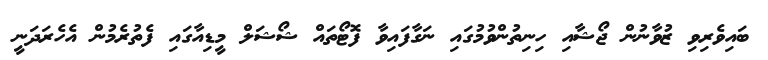
ބައިވެރިވި ޒުވާނުން ޖޯޝާއި ހިނިތުންވުމުގައި ނަގާފައިވާ ފޮޓޯތައް ޝޯޝަލް މީޑިއާގައި ފެތުރެމުން އެހެރަދަނީ